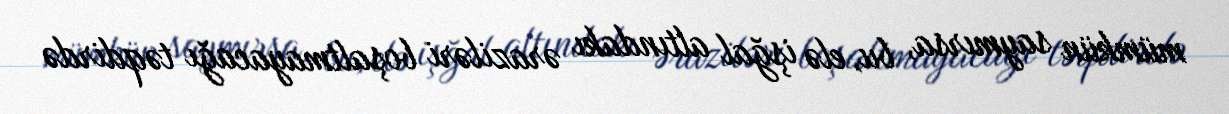
mümkün saymırsa, bu, elə işğal altındakı əraziləri boşaltmayacağı təqdirdə